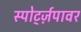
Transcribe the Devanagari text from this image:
स्पोर्ट्ज़पावर